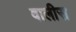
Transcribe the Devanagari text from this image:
वालीस